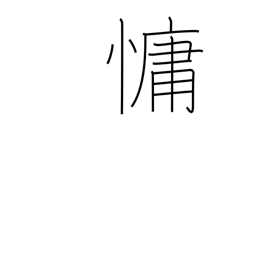
Meaning: languid